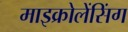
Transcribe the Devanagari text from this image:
माइक्रोलेंसिंग